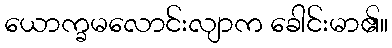
ယောက္ခမလောင်းလျာက ခေါင်းမာ၏။